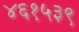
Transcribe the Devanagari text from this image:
४६१५३९